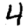
Digit: 4